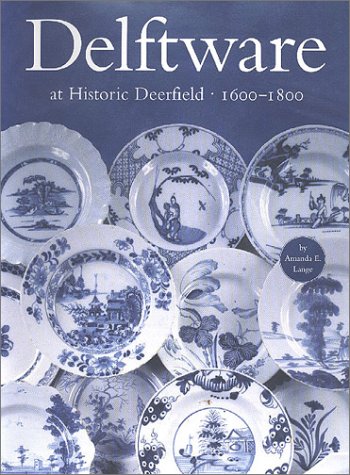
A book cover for Delftware at Historic Deerfield 1600-1800; Amanda E. Lange; Crafts, Hobbies & Home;